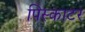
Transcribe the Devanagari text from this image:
पिस्काटर